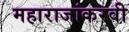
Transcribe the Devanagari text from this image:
महाराजांकरवी